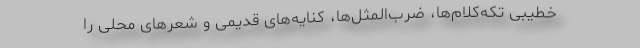
خطیبی تکه‌کلام‌ها، ضرب‌المثل‌ها، کنایه‌های قدیمی و شعرهای محلی را